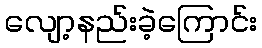
လျော့နည်းခဲ့ကြောင်း